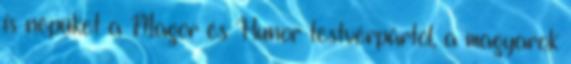
is népüket a Magor és Hunor testvérpártól, a magyarok